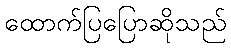
ထောက်ပြပြောဆိုသည်